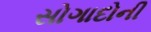
સોગાદોની